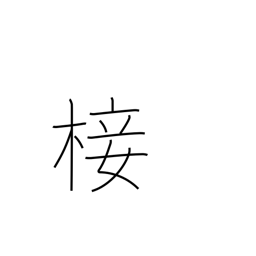
Meaning: graft